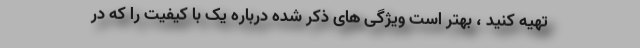
تهیه کنید ، بهتر است ویژگی های ذکر شده درباره یک با کیفیت را که در